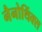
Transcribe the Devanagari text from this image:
नैनोथिंक्स